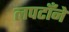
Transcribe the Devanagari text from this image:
लपटाँने